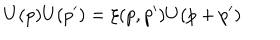
U ( p ) U ( p ^ { \prime } ) = \xi ( p , p ^ { \prime } ) U ( p + p ^ { \prime } )